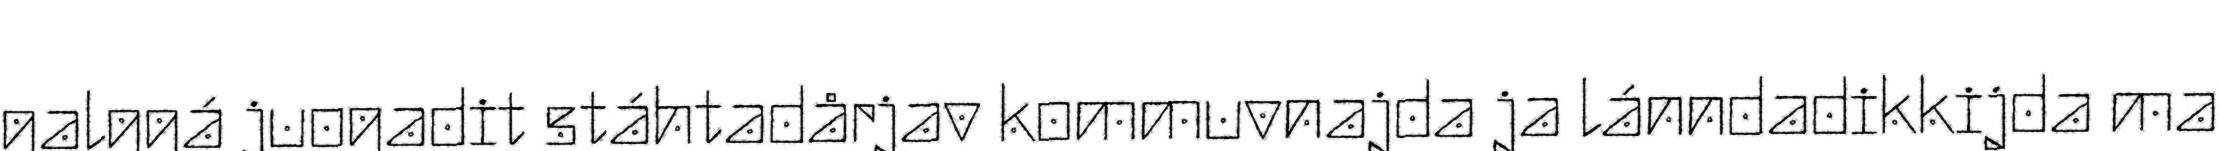
galggá juogadit stáhtadårjav kommuvnajda ja lánndadikkijda ma